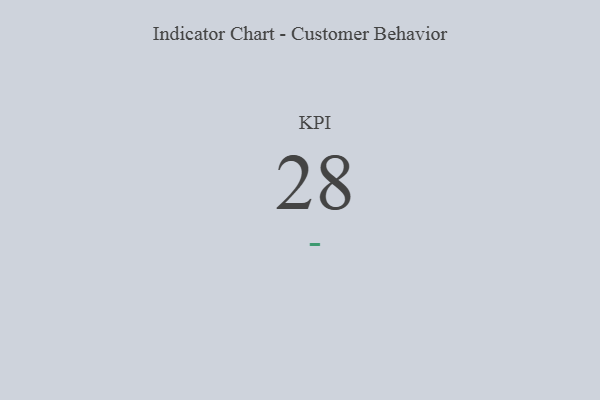
{"axis": {"x": "KPI", "y": "Value"}, "legend": [""], "data": [{"x": "KPI", "y": 28, "type": ""}]}